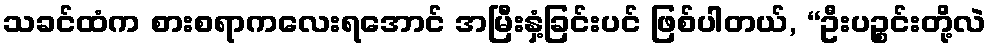
သခင်ထံက စားစရာကလေးရအောင် အမြီးနှံ့ခြင်းပင် ဖြစ်ပါတယ်, “ဦးပဉ္စင်းတို့လဲ